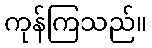
ကုန်ကြသည်။